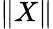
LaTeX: \| X\|